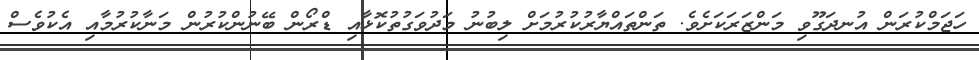
ހަޖަމްކުރަން އުނދަގޫވި މަންޒަރަކަށެވެ. ތަންތައްޔާރުކުރުމަށް ލިބުނު މަދުވަގުތުކޮޅާއި ޑްރޯން ބޭނުންކުރުން މަނާކުރުމާއި އެކުވެސް